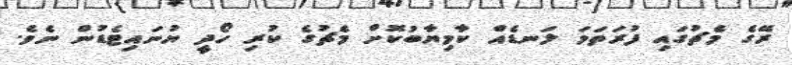
ރޭގެ މެޗުގައި ފުރަތަމަ ލަނޑެއް ކާމިޔާބުކޮށް މެޗުގެ ކުރި ހޯދީ ޔުނައިޓެޑުން ނެވެ.